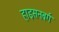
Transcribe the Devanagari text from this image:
हाइसनबर्ग